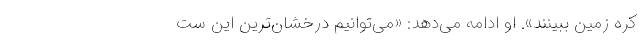
کرهٔ زمین ببینند». او ادامه می‌دهد: «می‌توانیم درخشان‌ترین این ست